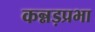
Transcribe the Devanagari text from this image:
कन्नड़प्रभा